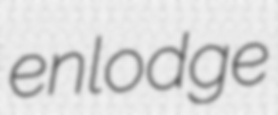
enlodge